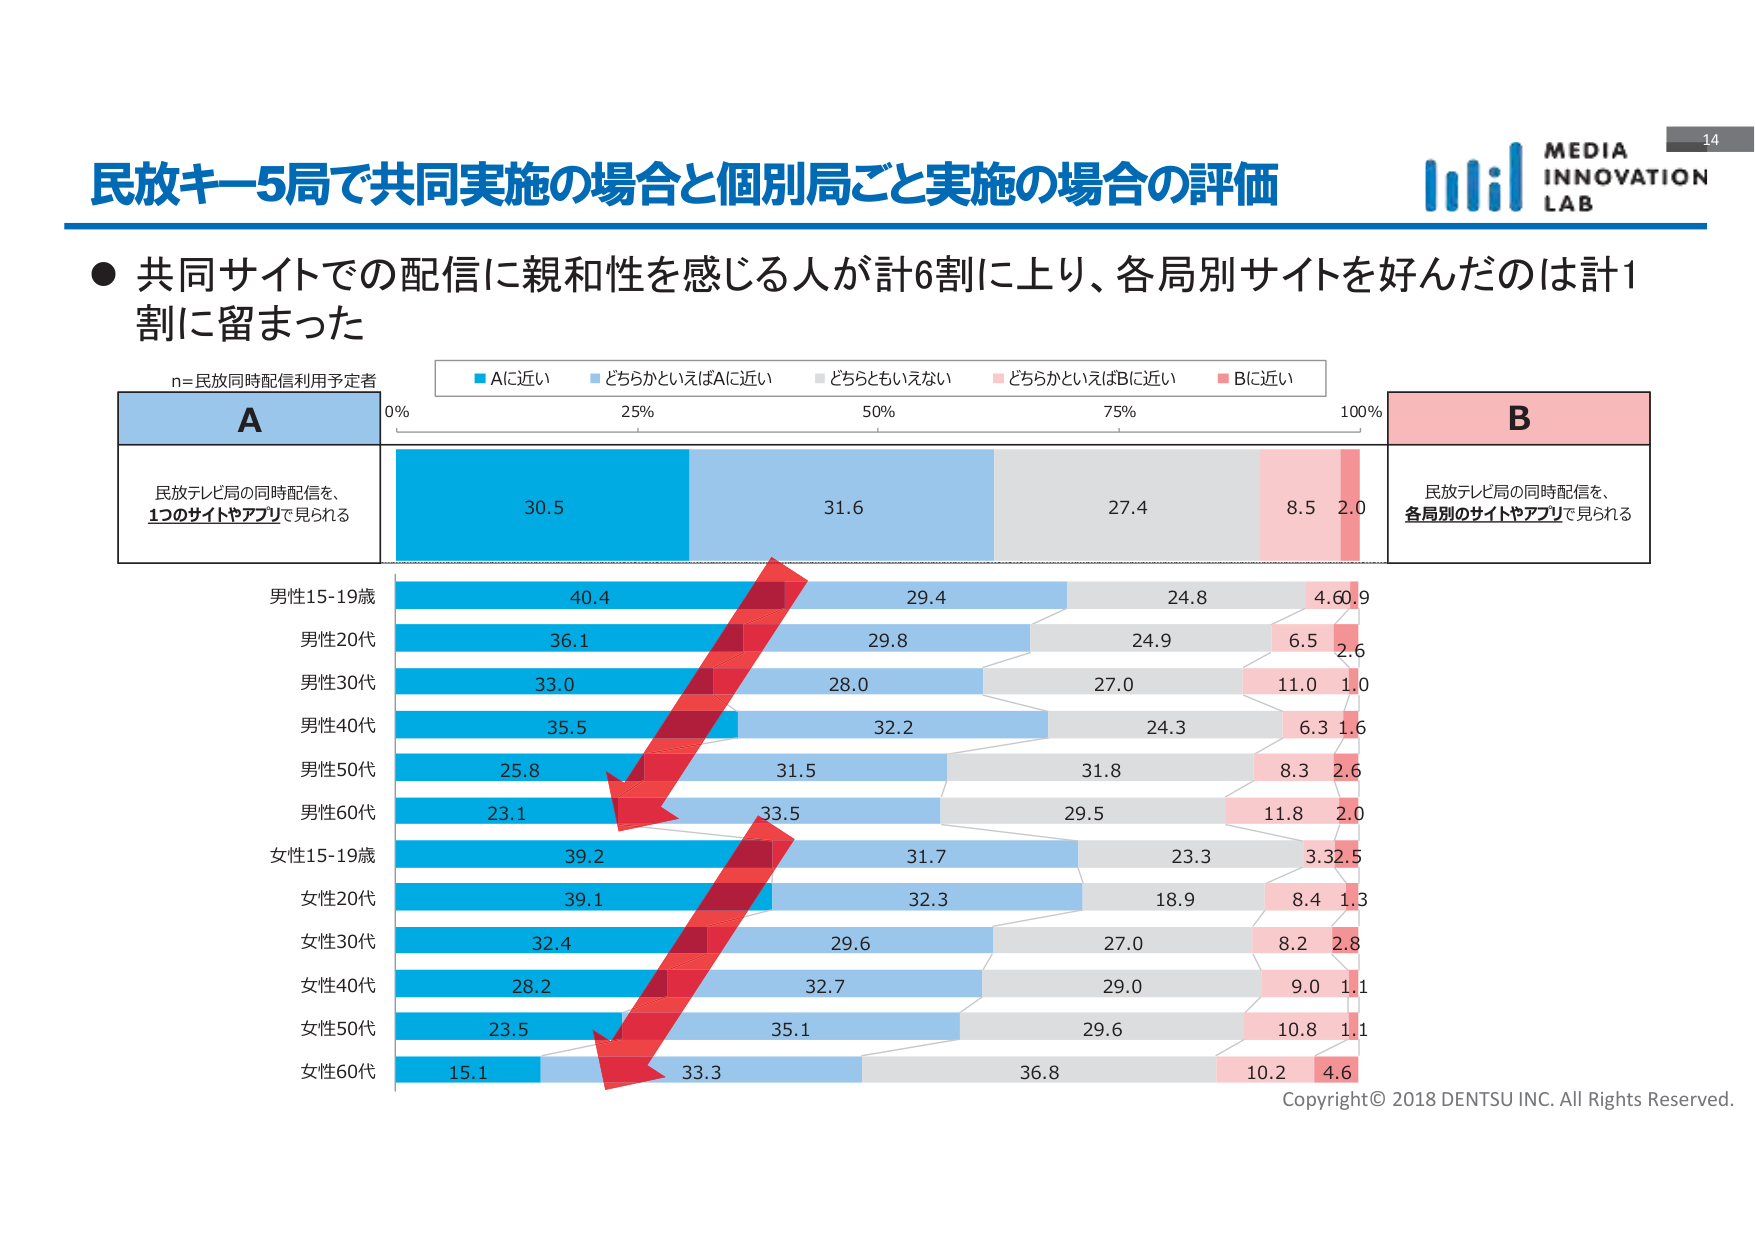
民放キー5局で共同実施の場合と個別局ごと実施の場合の評価

● 共同サイトでの配信に親和性を感じる人が計6割に上り、各局別サイトを好んだのは計1割に留まった

n=民放同時配信利用予定者

A
民放テレビ局の同時配信を、
1つのサイトやアプリで見られる

B
民放テレビ局の同時配信を、
各局別のサイトやアプリで見られる

■ Aに近い
■ どちらかといえばAに近い
■ どちらともいえない
■ どちらかといえばBに近い
■ Bに近い

0% 25% 50% 75% 100%

男性15-19歳
40.4 29.4 24.8 4.6 0.9

男性20代
36.1 29.8 24.9 6.5 2.6

男性30代
33.0 28.0 27.0 11.0 1.0

男性40代
35.5 32.2 24.3 6.3 1.6

男性50代
25.8 31.5 31.8 8.3 2.6

男性60代
23.1 33.5 29.5 11.8 2.0

女性15-19歳
39.2 31.7 23.3 3.3 2.5

女性20代
39.1 32.3 18.9 8.4 1.3

女性30代
32.4 29.6 27.0 8.2 2.8

女性40代
28.2 32.7 29.0 9.0 1.1

女性50代
23.5 35.1 29.6 10.8 1.1

女性60代
15.1 33.3 36.8 10.2 4.6

MEDIA INNOVATION LAB

14

Copyright © 2018 DENTSU INC. All Rights Reserved.